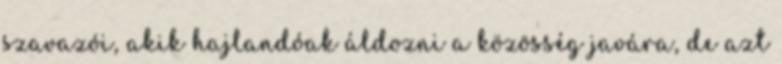
szavazói, akik hajlandóak áldozni a közösség javára, de azt